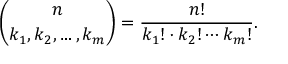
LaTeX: { \binom { n } { k _ { 1 } , k _ { 2 } , \ldots , k _ { m } } } = { \frac { n ! } { k _ { 1 } ! \cdot k _ { 2 } ! \cdots k _ { m } ! } } .